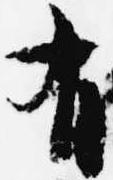
有